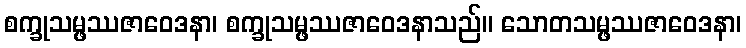
စက္ခုသမ္ဖဿဇာဝေဒနာ၊ စက္ခုသမ္ဖဿဇာဝေဒနာသည်။ သောတသမ္ဖဿဇာဝေဒနာ၊